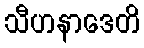
သီဟနာဒေတိ